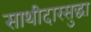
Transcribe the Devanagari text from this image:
साथीदारसुद्धा